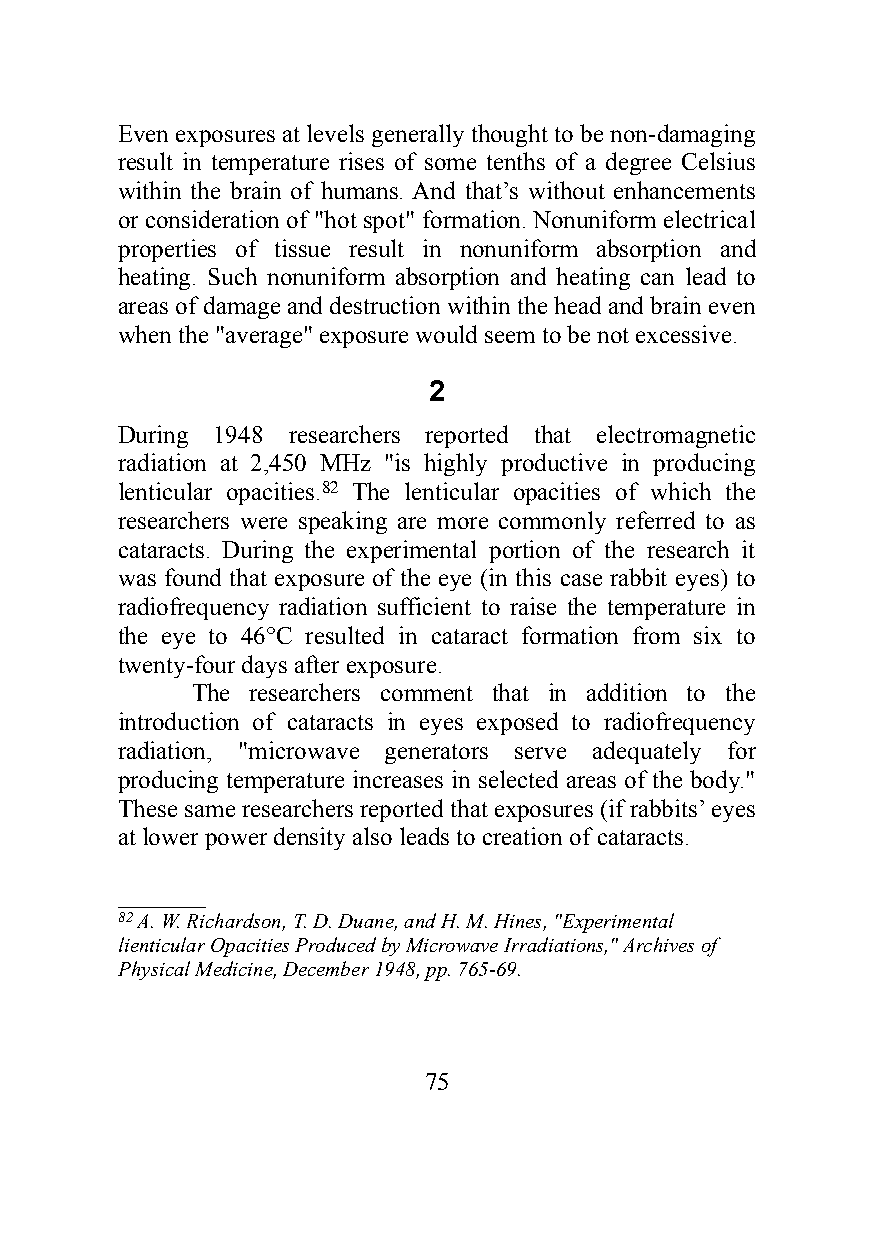
Even exposures at levels generally thought to be non-damaging
 result in temperature rises of some tenths of a degree Celsius
 within the brain of humans. And that’s without enhancements
 or consideration of "hot spot" formation. Nonuniform electrical
 properties of tissue result in nonuniform absorption and
 heating. Such nonuniform absorption and heating can lead to
 areas of damage and destruction within the head and brain even
 when the "average" exposure would seem to be not excessive.
 2
 During 1948 researchers reported that electromagnetic
 radiation at 2,450 MHz "is highly productive in producing
 lenticular opacities.82 The lenticular opacities of which the
 researchers were speaking are more commonly referred to as
 cataracts. During the experimental portion of the research it
 was found that exposure of the eye (in this case rabbit eyes) to
 radiofrequency radiation sufficient to raise the temperature in
 the eye to 46°C resulted in cataract formation from six to
 twenty-four days after exposure.
 The researchers comment that in addition to the
 introduction of cataracts in eyes exposed to radiofrequency
 radiation, "microwave generators serve adequately for
 producing temperature increases in selected areas of the body."
 These same researchers reported that exposures (if rabbits’ eyes
 at lower power density also leads to creation of cataracts.
 _______
 82 A. W. Richardson, T. D. Duane, and H. M. Hines, "Experimental
 lienticular Opacities Produced by Microwave Irradiations," Archives of
 Physical Medicine, December 1948, pp. 765-69.
 75